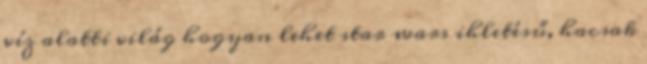
víz alatti világ hogyan lehet star wars ihletésű, hacsak